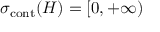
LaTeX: \sigma _ { \mathrm { c o n t } } ( H ) = [ 0 , + \infty )